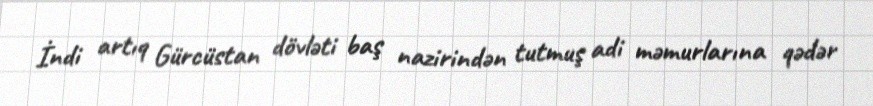
İndi artıq Gürcüstan dövləti baş nazirindən tutmuş adi məmurlarına qədər